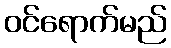
ဝင်ရောက်မည်